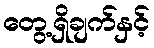
တွေ့ရှိချက်နှင့်